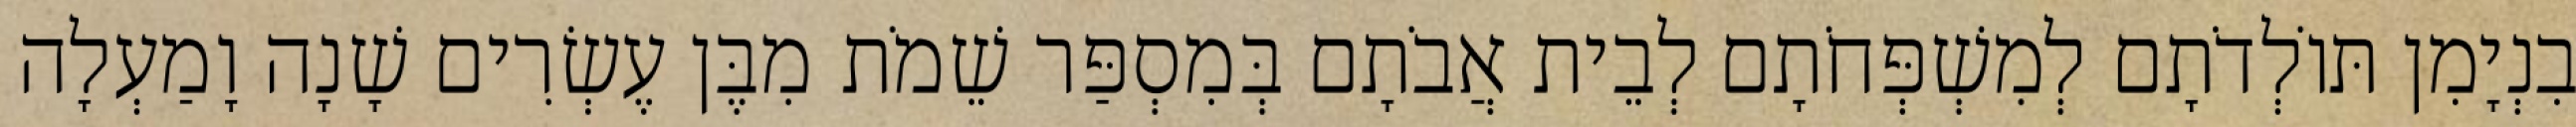
בִנְיָמִן תּוֹלְדֹתָם לְמִשְׁפְּחֹתָם לְבֵית אֲבֹתָם בְּמִסְפַּר שֵׁמֹת מִבֶּן עֶשְׂרִים שָׁנָה וָמַעְלָה